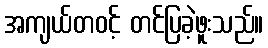
အကျယ်တဝင့် တင်ပြခဲ့ဖူးသည်။